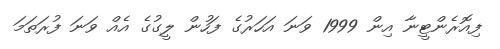
ފިއޮރެންޓީނާ އިން 1999 ވަނަ އަހަރުގެ ފަހުން ލީގުގެ އެއް ވަނަ ފުރަތަމަ